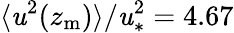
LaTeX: \langle\mathit{u}^{2}(z_{\mathrm{{m}}})\rangle/\mathit{u}_{\ast}^{2}=4.67